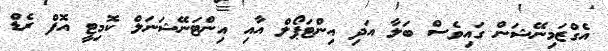
އެގްޒަމިނޭޝަން ގައިވެސް ބަލާ އަދި އިންޓަޕޯލް އާއި އިންޓަނޭޝަނަލް ކޮމިޓީ އޮފް ރެޑް